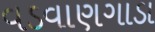
વડવાણગાડા